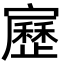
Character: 𡫯